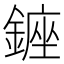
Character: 𨫈